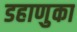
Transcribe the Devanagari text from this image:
डहाणुका